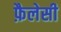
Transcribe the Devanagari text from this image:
फ़ैलेसी